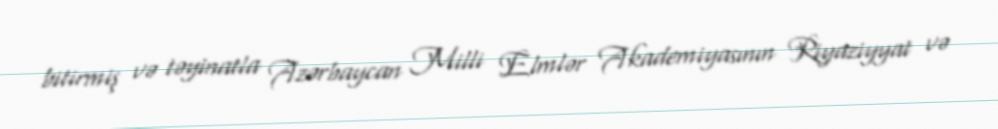
bitirmiş və təyinatla Azərbaycan Milli Elmlər Akademiyasının Riyaziyyat və